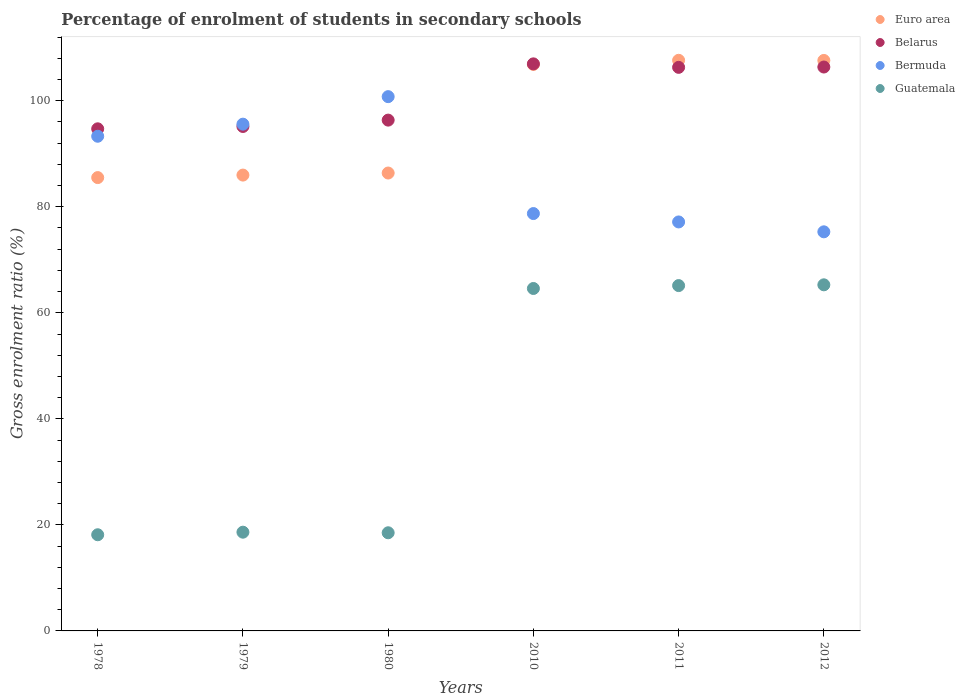
| Years | Euro area | Belarus | Bermuda | Guatemala |
 | --- | --- | --- | --- | --- |
 | 1978 | 85.5 | 94.7 | 93.3 | 18.1 |
 | 1979 | 86 | 95.1 | 95.6 | 18.6 |
 | 1980 | 86.4 | 96.3 | 101 | 18.5 |
 | 2010 | 107 | 107 | 78.7 | 64.6 |
 | 2011 | 108 | 106 | 77.1 | 65.1 |
 | 2012 | 108 | 106 | 75.3 | 65.3 |